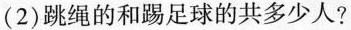
（2）跳绳的和踢足球的共多少人？